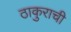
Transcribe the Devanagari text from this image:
ठाकुराची